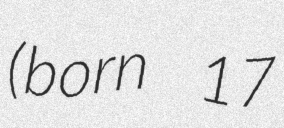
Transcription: (born 17